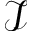
\mathcal { I }